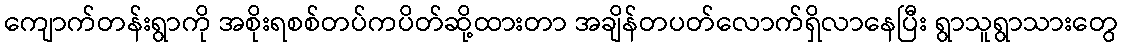
ကျောက်တန်းရွာကို အစိုးရစစ်တပ်ကပိတ်ဆို့ထားတာ အချိန်တပတ်လောက်ရှိလာနေပြီး ရွာသူရွာသားတွေ